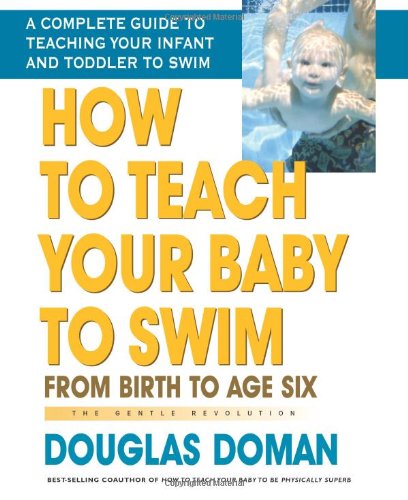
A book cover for How to Teach Your Baby to Swim: From Birth to Age Six (The Gentle Revolution Series); Douglas Doman; Sports & Outdoors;